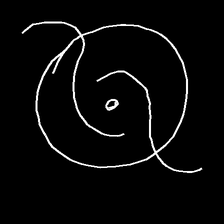
Glyph: repetition